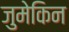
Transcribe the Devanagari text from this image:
जुमेकिन